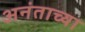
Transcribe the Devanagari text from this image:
अनंताच्या